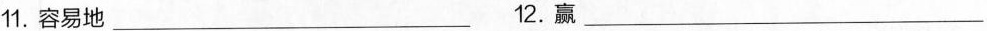
11.容易地_ 12.赢_